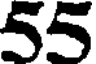
55